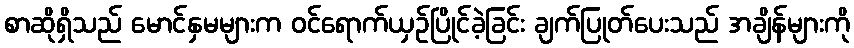
စာဆိုရှိသည် မောင်နှမများက ဝင်ရောက်ယှဉ်ပြိုင်ခဲ့ခြင်း ချက်ပြုတ်ပေးသည် အချိန်များကို